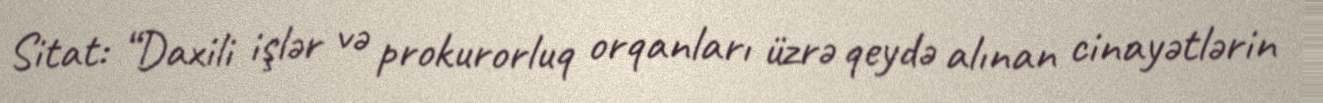
Sitat: “Daxili işlər və prokurorluq orqanları üzrə qeydə alınan cinayətlərin